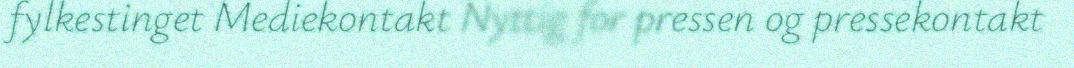
fylkestinget Mediekontakt Nyttig for pressen og pressekontakt